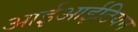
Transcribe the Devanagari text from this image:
आईआईटियन